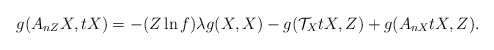
\begin{align*}g(A_{nZ}X, tX)=-(Z\ln f)\lambda g(X,X)-g(\mathcal{T}_{X}tX, Z)+g(A_{nX}tX, Z).\end{align*}